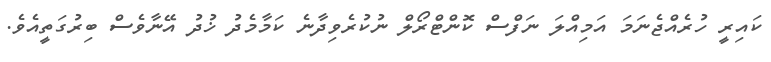
ކައިރީ ހުރެއްޖެނަމަ އަމިއްލަ ނަފްސް ކޮންޓްރޯލް ނުކުރެވިދާނެ ކަމާމެދު ޚުދު އޭނާވެސް ބިރުގަތީއެވެ.